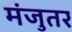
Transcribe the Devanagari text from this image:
मंजुतर